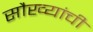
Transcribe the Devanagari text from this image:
सौख्यांची